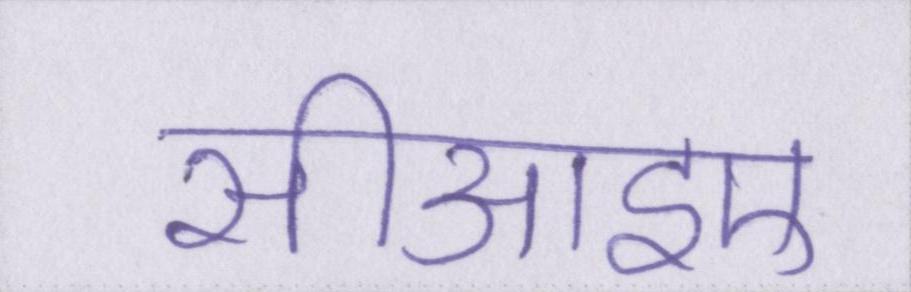
सीआइए